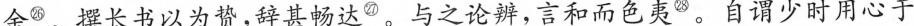
余^{㉖}。撰长书以为贽,辞甚畅达^{㉗}。与之论辨,言和而色夷^{㉘}。自谓少时用心于